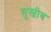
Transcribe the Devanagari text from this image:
सुख्रीब